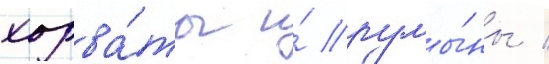
хорва́ты и́ румы́ны /